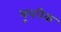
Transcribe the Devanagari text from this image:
यूलरिक